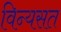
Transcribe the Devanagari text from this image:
विन्यसत